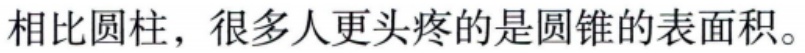
相比圆柱，很多人更头疼的是圆锥的表面积。